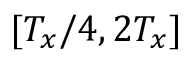
[ T _ { x } / 4 , 2 T _ { x } ]